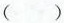
()